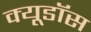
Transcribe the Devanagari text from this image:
क्यूडॉस